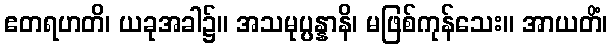
ဧတရဟတိ၊ ယခုအခါ၌။ အသမုပ္ပန္နာနိ၊ မဖြစ်ကုန်သေး။ အာယတိံ၊